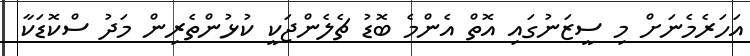
އަހަރެމެނަށް މި ސީޒަނުގައި އޮތް އެންމެ ބޮޑު ޗެލެންޖަކީ ކުޅުންތެރިން މަދު ސްކޮޑަކާ